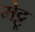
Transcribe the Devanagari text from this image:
मेट्टू